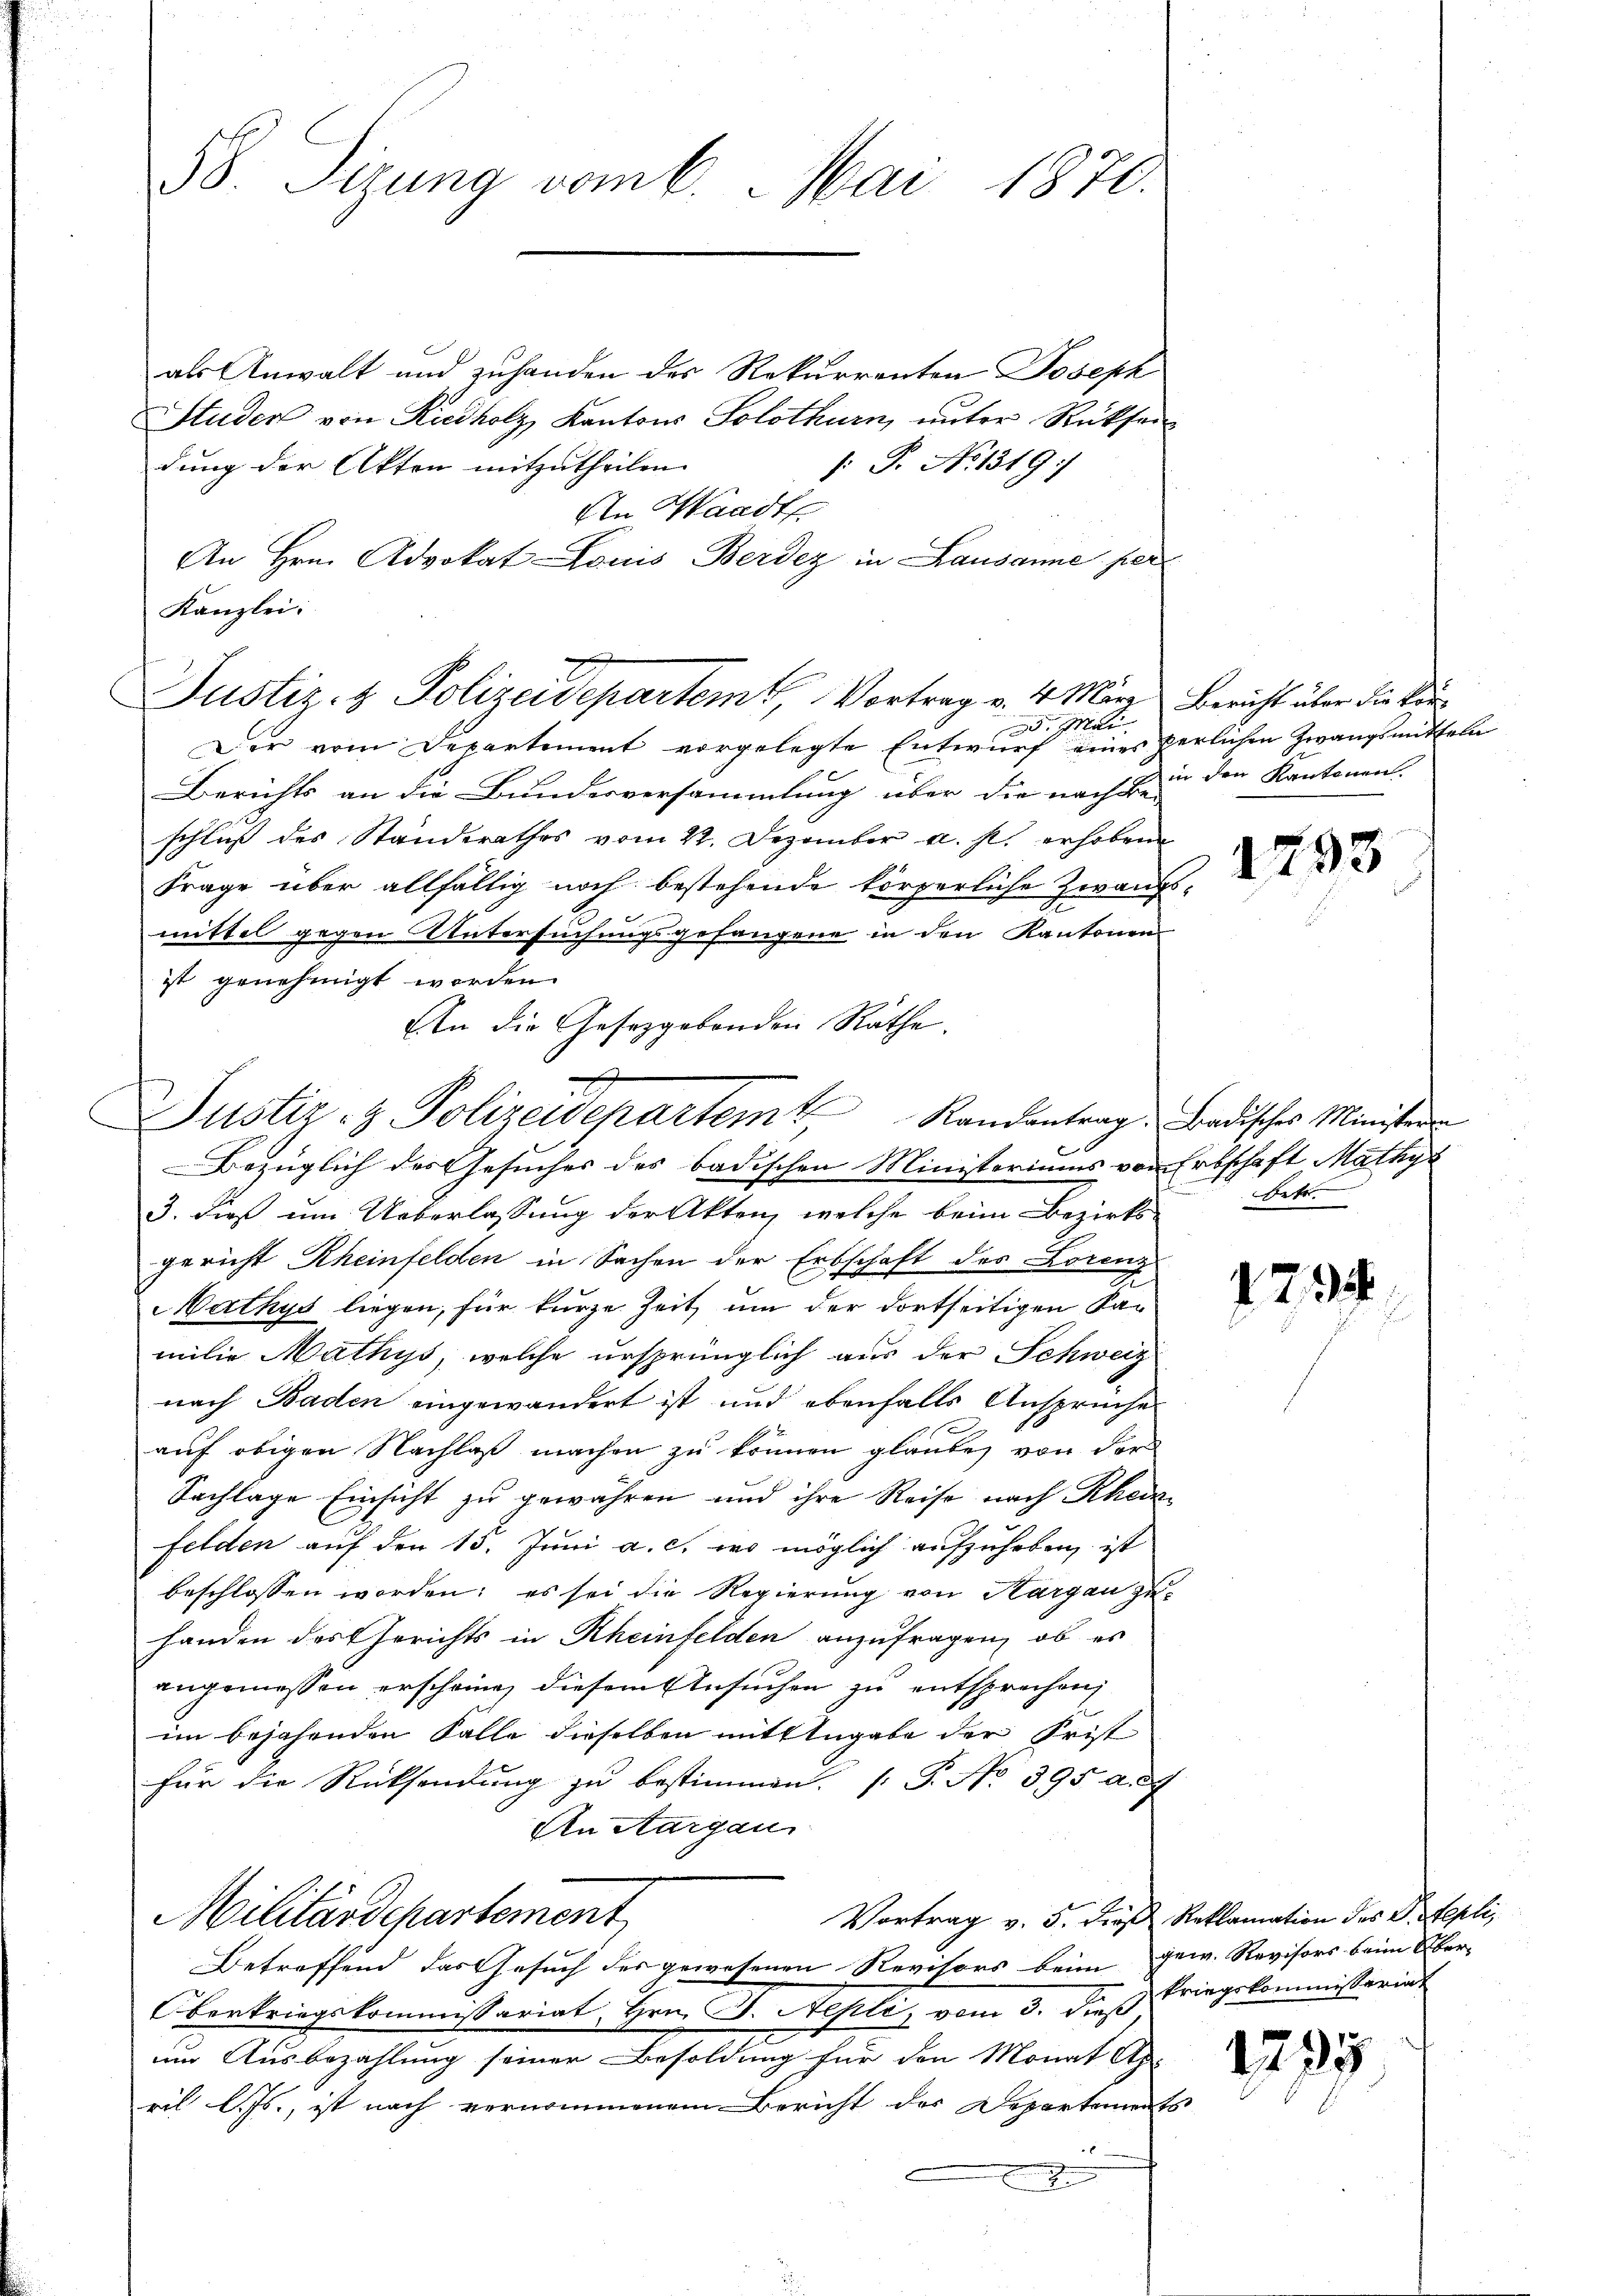
58. Sizung vom 6. Mai 1870.

als Anwalt und zuhanden des Rekurrenten Joseph
Studer von Riedholz, Kantons Solothurn, ŭnter Rücksen
dung der Akten mitzutheilen.
: P. No 1319)
An Waadt
An Hrn. Advokat Louis Berdez in Lausanne per
Kanzlei:
Der vom Departement vorgelegte Entwurf eines perlichen Zwangsmitteln
Berichts an die Bundesversammlung über die nach sein den Kantonen-
schluß des Standerathes vom 22. Dezember a. s. erhoben
Frage über allfällig noch bestehende körperliche Zwan
mittel gegen Untersuchungsgefangene in den Kantonen
ist genehmigt worden.
3. dieß um Ueberlassung der Akten, welche beim Bezirks-
gericht Rheinfelden in Sachen der Erbschaft des Loreng
Mathys liegen, für kurze Zeit um der dortseitigen Kamilie Mathys, welche ursprünglich aus der Schweiz
nach Baden eingewandert ist und ebenfalls Ansprüche
auf obigen Nachlaß machen zu können glauben von der
Sachlage Einsicht zu gewähren und ihre Reise nach Rhei
felden auf den 15. Juni a. c. wo möglich aufzuheben ist
beschlossen worden; es sei die Regierung von Kargau zu
handen des Gerichts in Rheinfelden anzufragen, ob es
angemessen erscheine, diesem Ansuchen zu entsprechen
im bejahenden Falle dieselben mit Eingabe der Frist
für die Rücksendung zu bestimmen. (T. No 395. a. c.
An Aargau
Militärdepartement
Vortrag v. 5. dieß Reklamation des Dr. Stepli,
Betreffend, das Gesuch des gewesenen Revisors beim
Oberkriegskommissariat, Hrn. J. Nepli, vom 3. dieß Kriegskommissariat
um Ausbezahlung seiner Besoldung für den Monat Ap-
ril l. Js., ist nach vernommenem Bericht des Departemen
.8

Justiz- & Polizeidepartem Vortrag v. 4. März Bericht über die Kir¬
. Mai

In die Gesetzgebenden Räthe.
Justiz- & Polizeidepartem Randantrag. Badisches Ministeren
Bezüglich des Gesuches des badischen Ministeriums von

bo,

Erbschaft Mathy
betr.

gem. Revisors beim Über¬

1793

1792.

1235
b